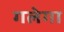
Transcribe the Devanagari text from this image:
गलेगा